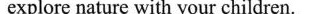
explore nature with your children.